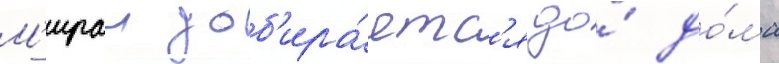
М'ираи доб'ира́етс'я до́ до́ма